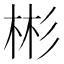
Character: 彬